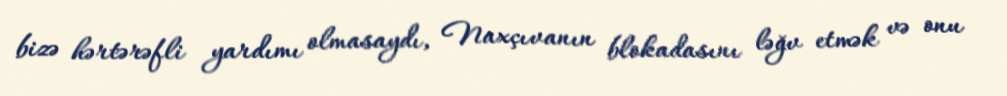
bizə hərtərəfli yardımı olmasaydı, Naxçıvanın blokadasını ləğv etmək və onu